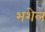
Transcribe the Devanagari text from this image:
भशेल